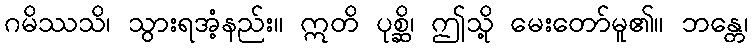
ဂမိဿသိ၊ သွားရအံ့နည်း။ ဣတိ ပုစ္ဆိ၊ ဤသို့ မေးတော်မူ၏။ ဘန္တေ၊